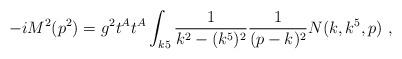
LaTeX: \begin{align*}-i M^2(p^2) = g^2 t^A t^A \int_{k5} {1\over k^2 - (k^5)^2} {1\over (p-k)^2} N(k,k^5,p)\ ,\end{align*}